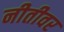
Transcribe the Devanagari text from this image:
नीतीवर